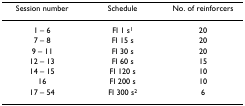
<table><thead><tr><td><b>Session number</b></td><td><b>Schedule</b></td><td><b>No. of reinforcers</b></td></tr></thead><tbody><tr><td>1 – 6</td><td>FI 1 s<sup>1</sup></td><td>20</td></tr><tr><td>7 – 8</td><td>FI 15 s</td><td>20</td></tr><tr><td>9 – 11</td><td>FI 30 s</td><td>20</td></tr><tr><td>12 – 13</td><td>FI 60 s</td><td>15</td></tr><tr><td>14 – 15</td><td>FI 120 s</td><td>10</td></tr><tr><td>16</td><td>FI 200 s</td><td>10</td></tr><tr><td>17 – 54</td><td>FI 300 s<sup>2</sup></td><td>6</td></tr></tbody></table>